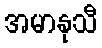
အမာနုသီ